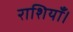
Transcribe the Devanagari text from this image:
राशियाँ।